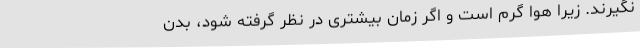
نگیرند. زیرا هوا گرم است و اگر زمان بیشتری در نظر گرفته شود، بدن